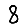
Digit: 8